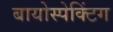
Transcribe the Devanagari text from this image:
बायोस्पेक्‍टिंग